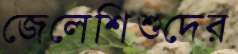
জেলেশিশুদের